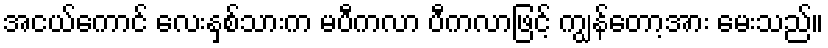
အငယ်ကောင် လေးနှစ်သားက မပီကလာ ပီကလာဖြင့် ကျွန်တော့အား မေးသည်။